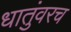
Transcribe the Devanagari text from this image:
धातुंवरच